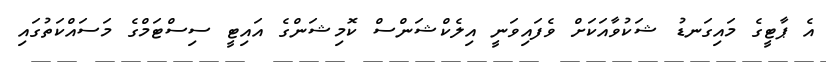
އެ ޕާޓީގެ މައިގަނޑު ޝަކުވާއަކަށް ވެފައިވަނީ އިލެކްޝަންސް ކޮމިޝަންގެ އައިޓީ ސިސްޓަމްގެ މަސައްކަތުގައި